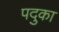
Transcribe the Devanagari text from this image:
पदुका